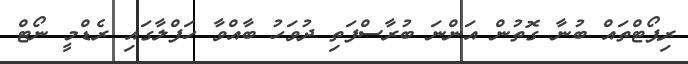
ރިޕޯޓްތައް ބުނާ ގޮތުން އަންނަ ބުރާސްފަތި ދުވަހު ބާއްވާ ހަފްލާގައި ރެޑްމީ ނޯޓް